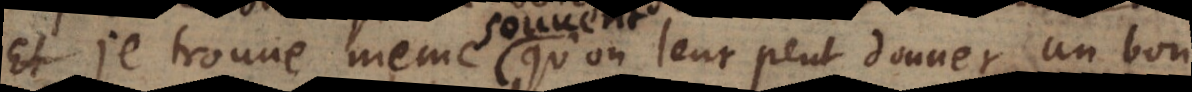
Je trouve même qu’on leur peut donner un bon